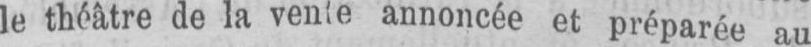
le théâtre de la vente annoncée et préparée au